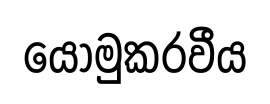
යොමුකරවීය